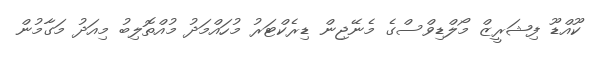
ކޫއްޑޫ ފިޝަރީޒް މޯލްޑިވްސްގެ މެނޭޖިން ޑިރެކްޓަރު މުހައްމަދު މުއްތޮލިބު މިއަދު މަގާމުން